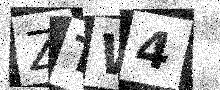
Text: ZTW4